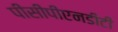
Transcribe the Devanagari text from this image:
पीसीपीएनडीटी